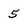
Character: 5